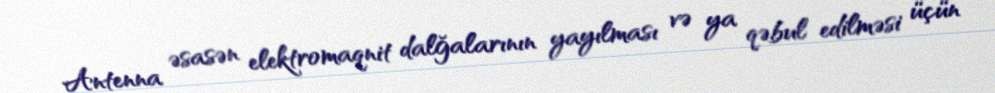
Antenna əsasən elektromaqnit dalğalarının yayılması və ya qəbul edilməsi üçün